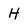
Character: H